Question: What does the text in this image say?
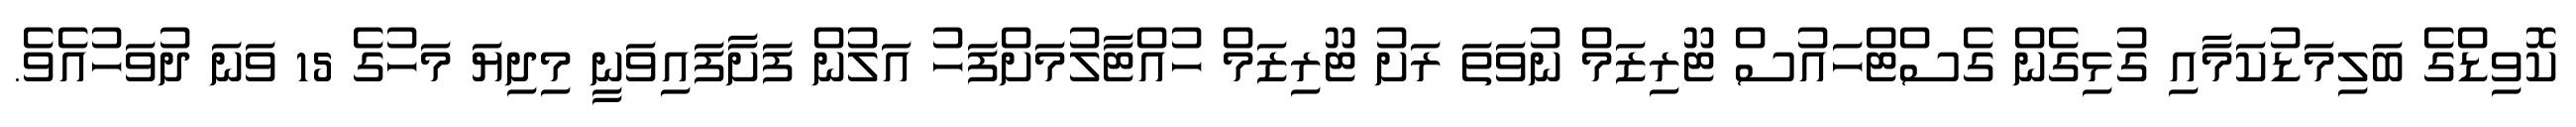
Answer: ކޮވިޑްގެ ބަލިމަޑުކަމާއި ގުޅިގެން ގެސްޓްހައުސް ޓޫރިޒަމް ނުވަތަ ރަށު ޓޫރިޒަމް ހުއްޓާލުމަށްފަހު އަލުން ފަށާފައިވަނީ މިދިޔަ މަހުގެ 15 ވަނަ ދުވަހުއެވެ.